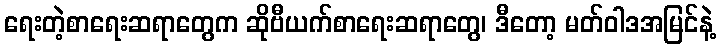
ရေးတဲ့စာရေးဆရာတွေက ဆိုဗီယက်စာရေးဆရာတွေ၊ ဒီတော့ မတ်ဝါဒအမြင်နဲ့